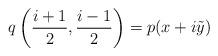
LaTeX: \begin{align*}q\left(\frac{i+1}{2}, \frac{i-1}{2}\right) = p(x+i\tilde{y})\end{align*}